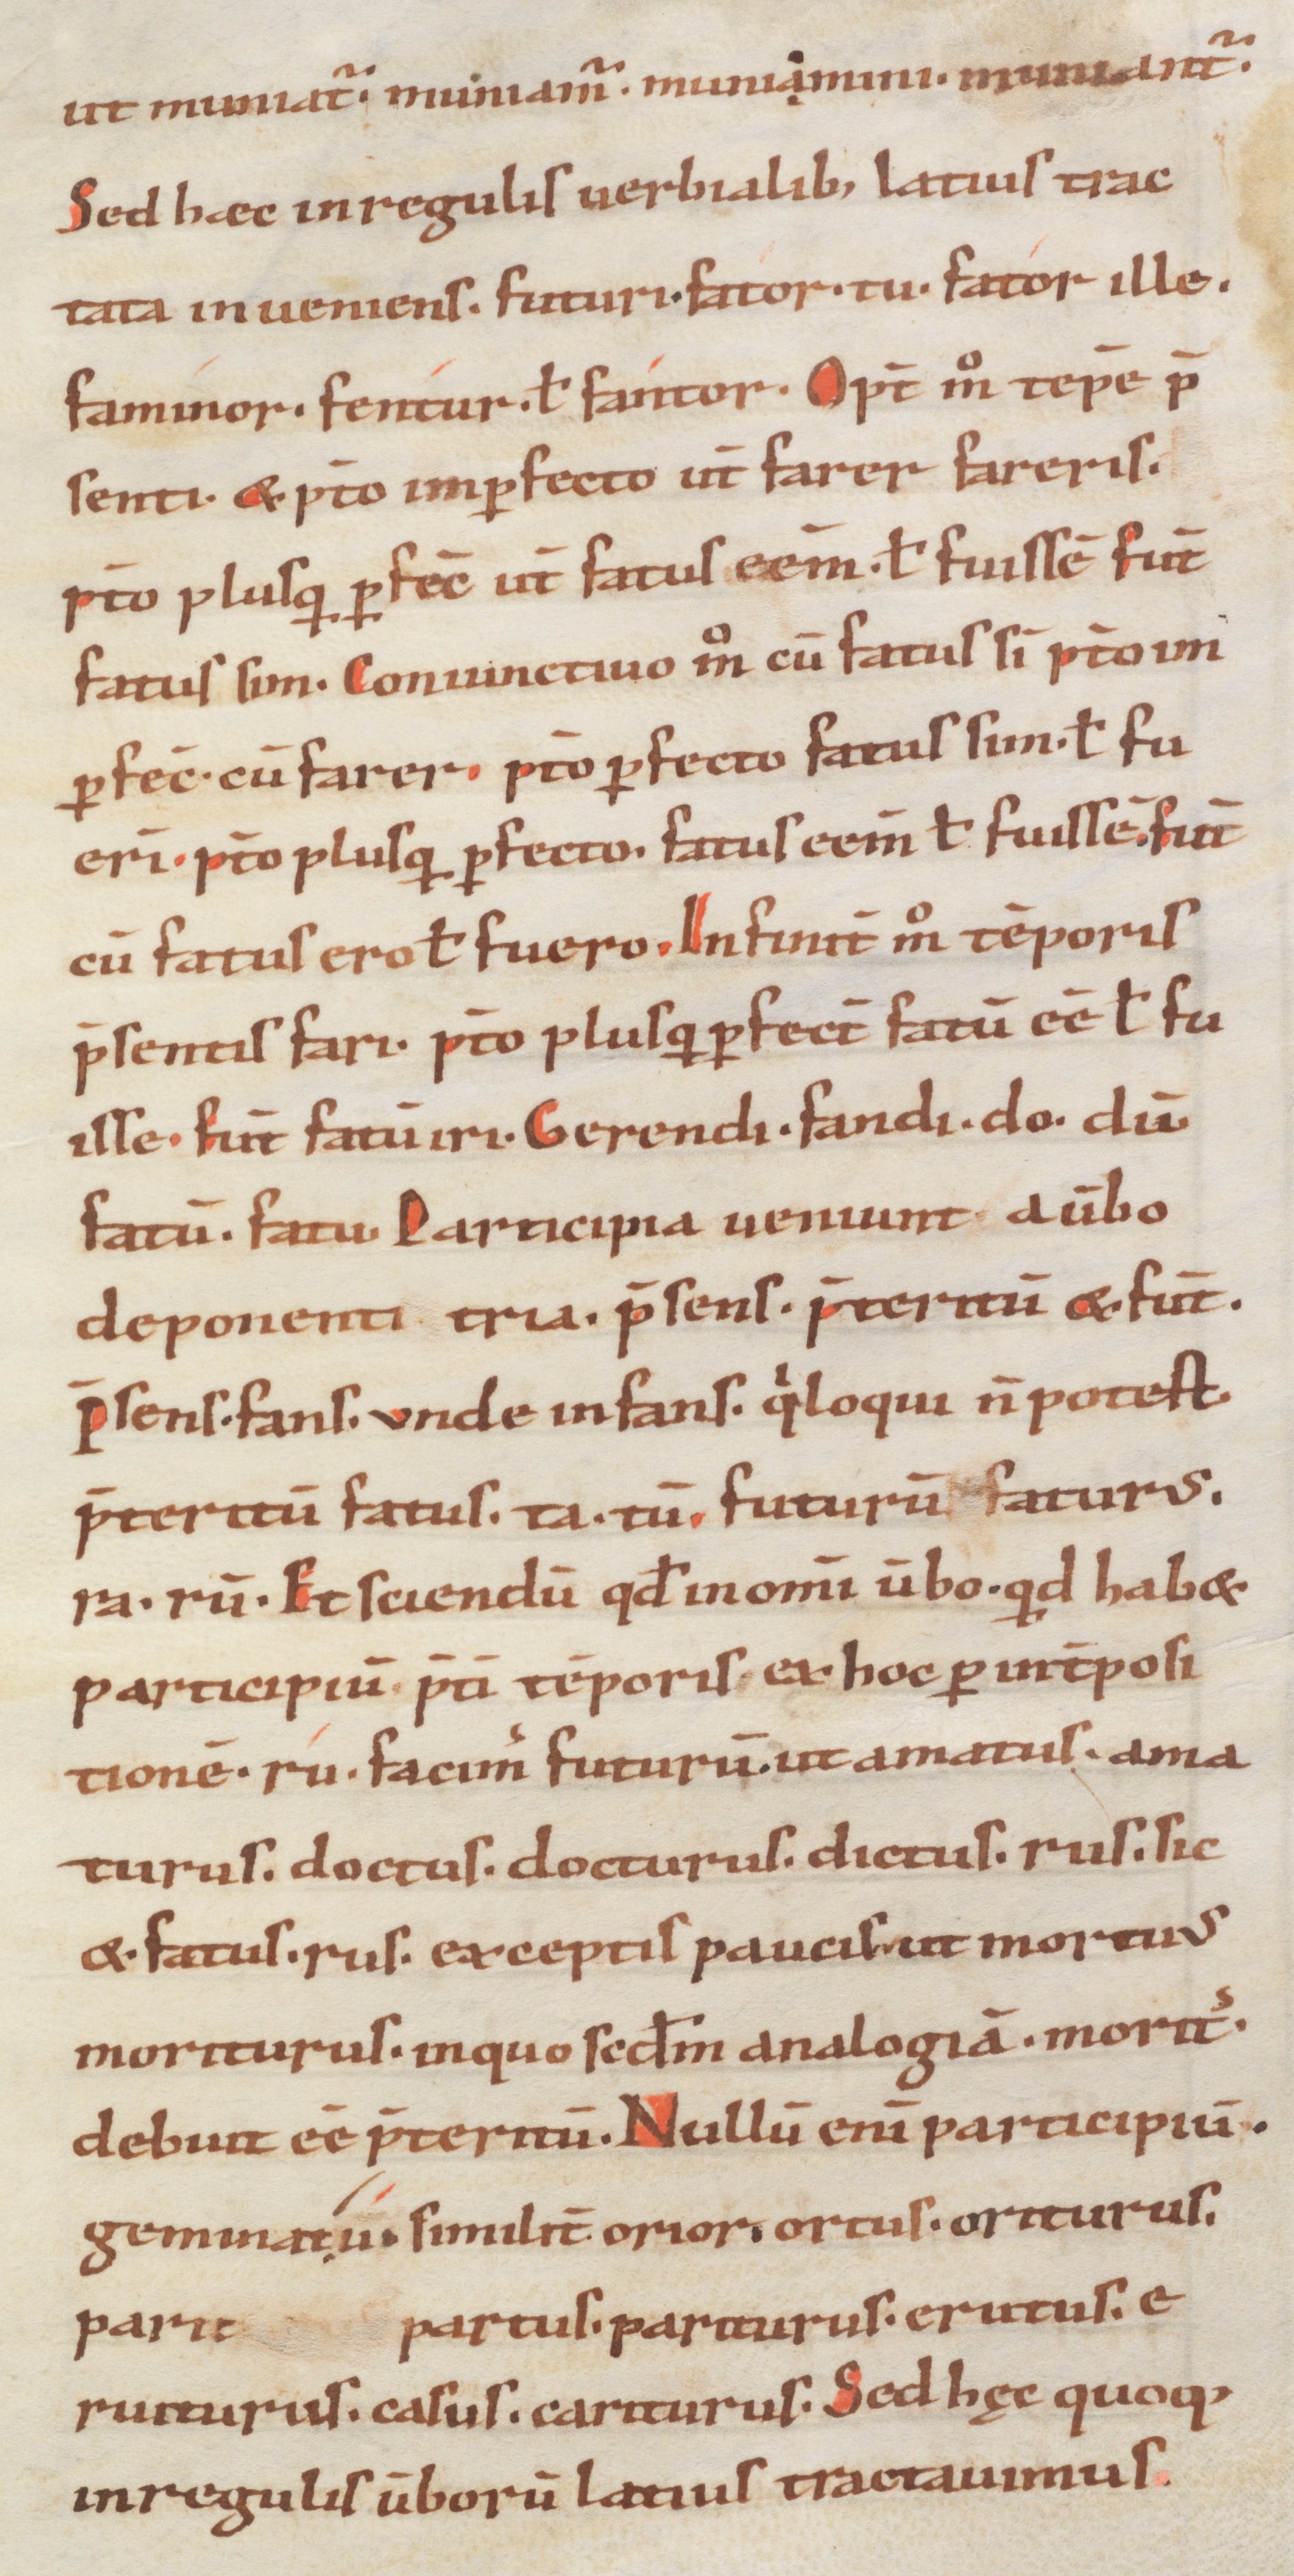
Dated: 833–865